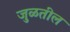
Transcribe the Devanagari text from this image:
जुळतील